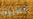
مبارزة